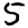
Digit: 5